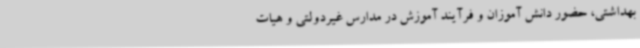
بهداشتی، حضور دانش آموزان و فرآیند آموزش در مدارس غیردولتی و هیات